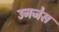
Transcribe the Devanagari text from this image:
उनजेस